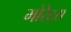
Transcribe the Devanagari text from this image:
मोरेट्स